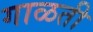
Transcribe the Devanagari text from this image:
गाळती